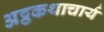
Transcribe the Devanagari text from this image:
अट्ठकथाचार्य